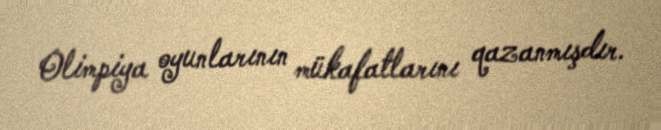
Olimpiya oyunlarının mükafatlarını qazanmışdır.